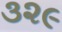
૩૨૯